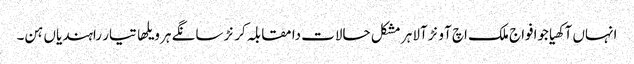
انہاں آکھیاجوافواج ملک اچ آونڑ آلا ہر مشکل حالات دا مقابلہ کرنڑ سانگے ہر ویلھا تیار راہندیاں ہن۔